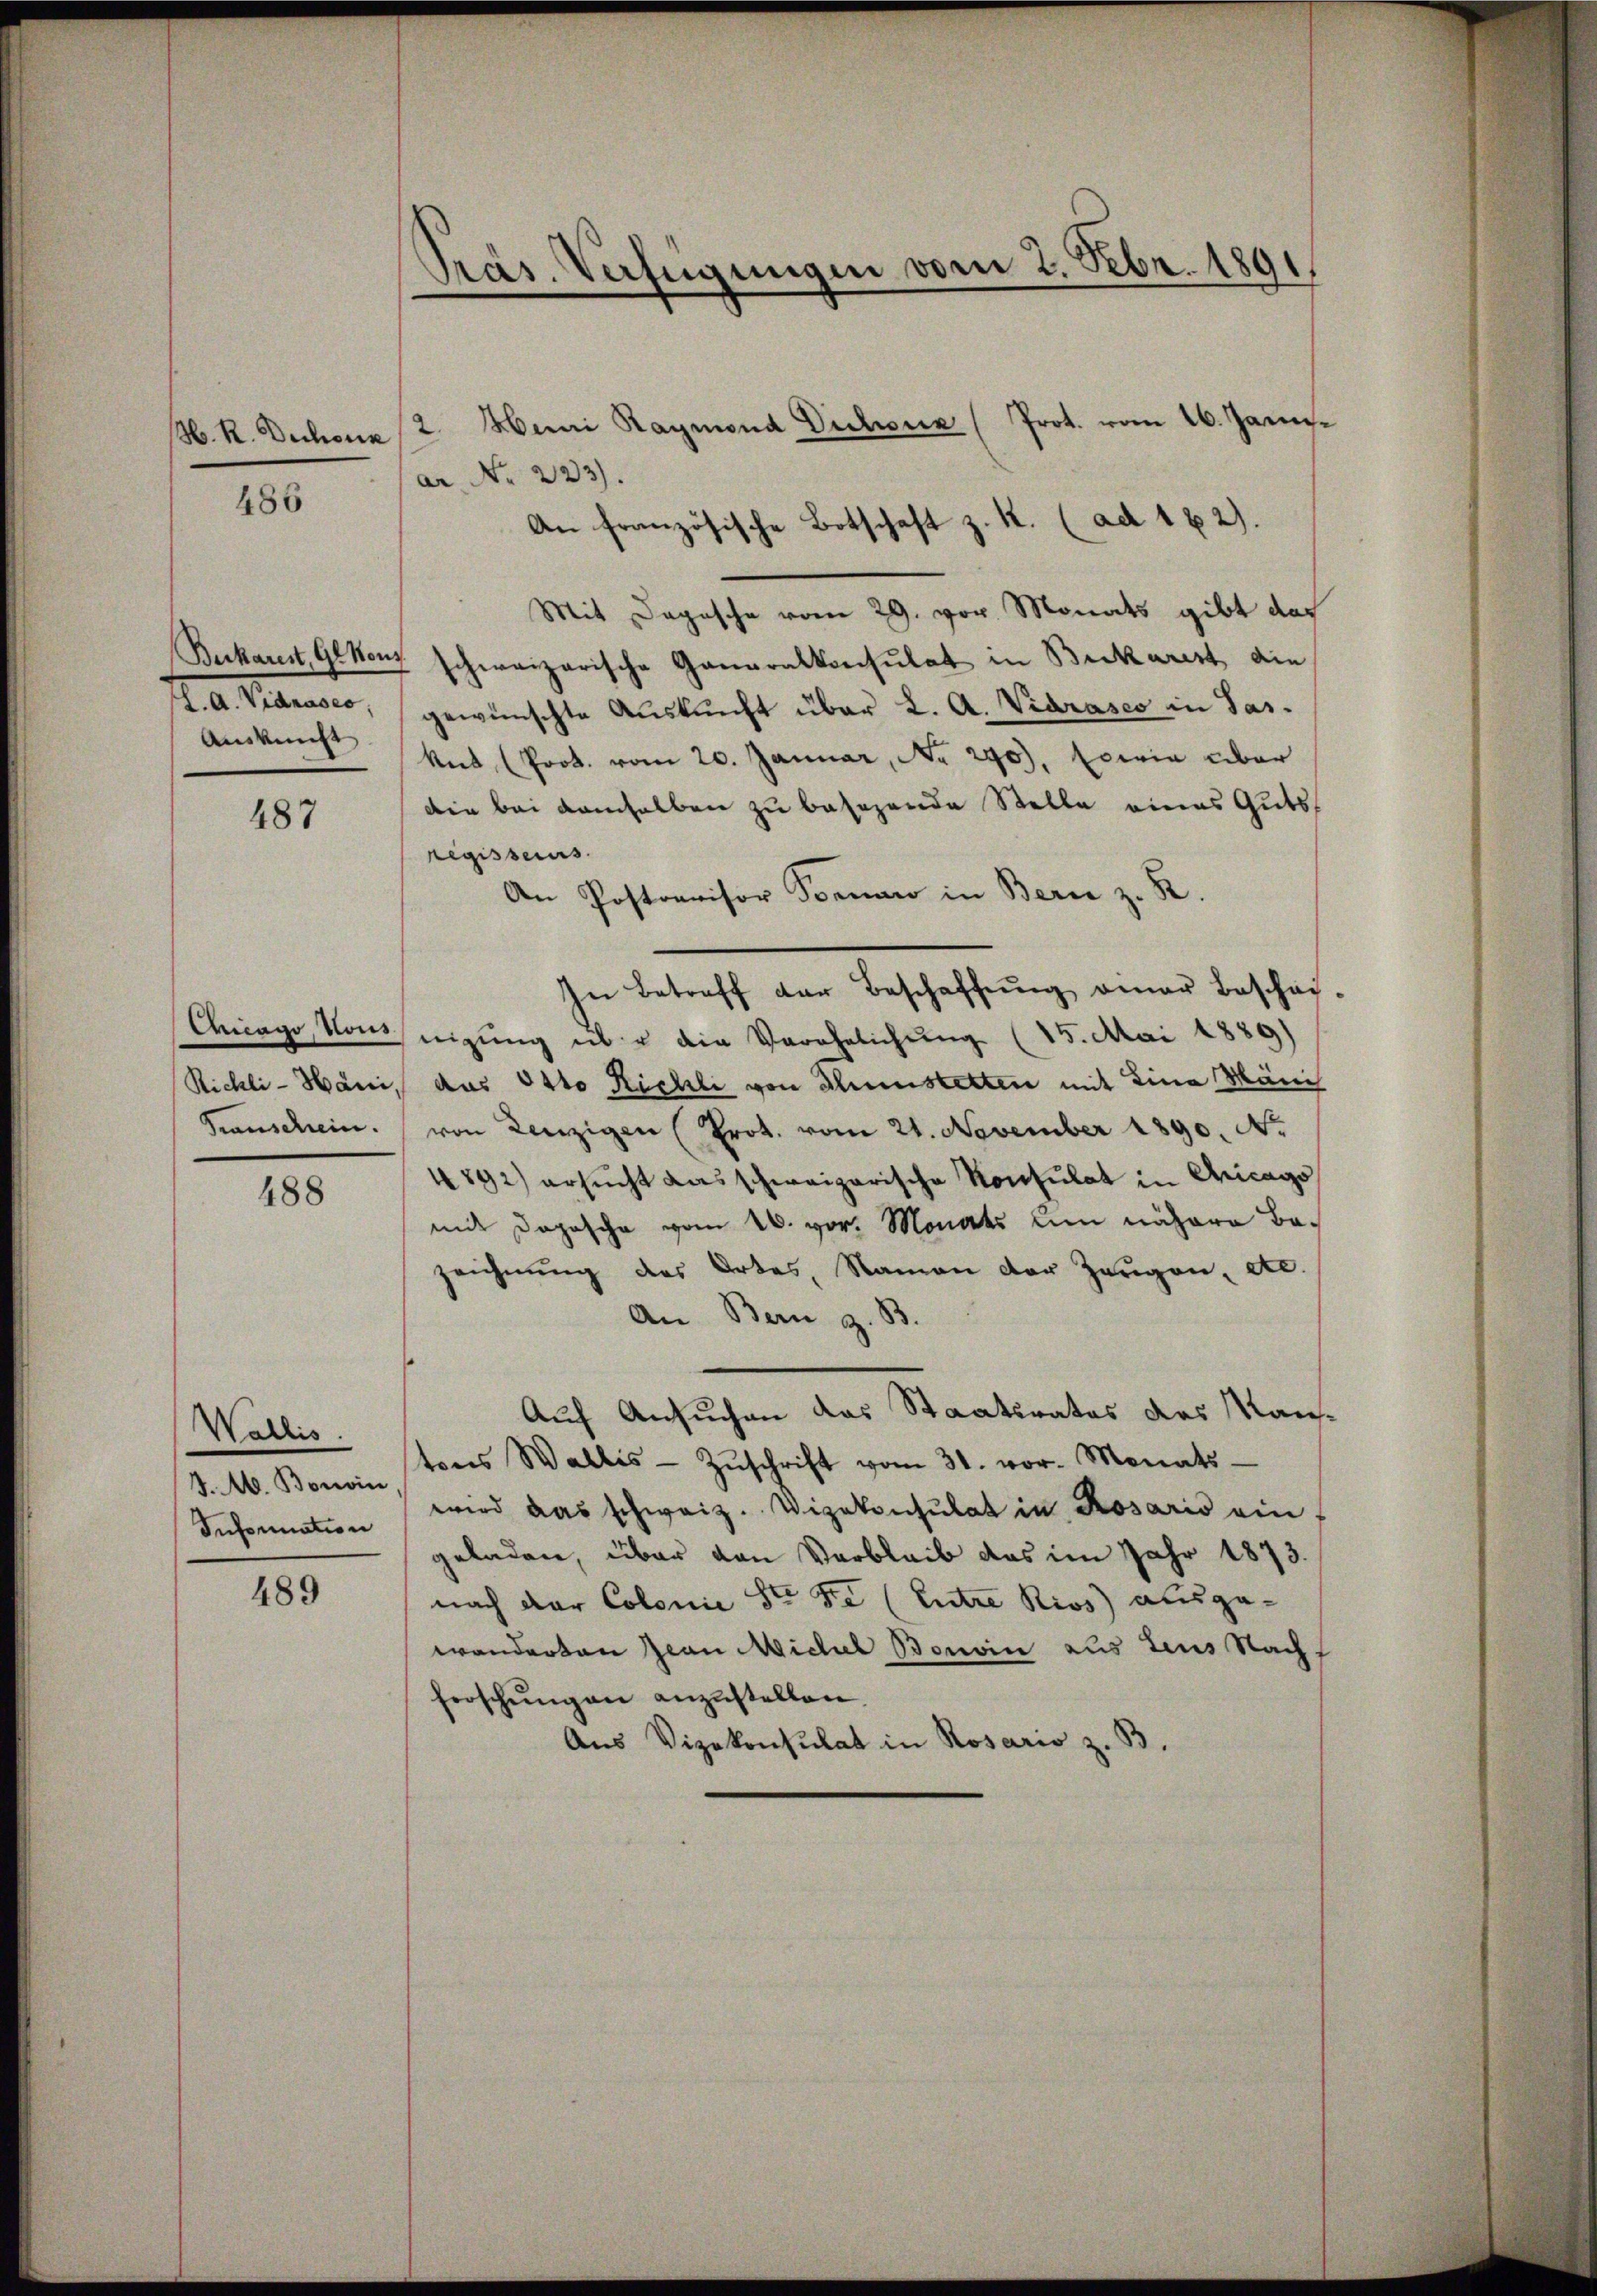
H. R. Dechank

486

Auskunft

487

488

2. Mani Raymond Dichoux (Prot. vom 26. Januar No 223).
An französische Botschaft z. K. (ad 1 2).
Mit Dagasche vom 29. vor Monats gibt das
Ruckarst, Grenz schweizerische Generalkonsulat in Buckarist, die
l. A. Vidraser, gewünschte Auskunft über L. A. Viarases in Sas¬
Ant (Prot. vom 20. Januar, No. 290), sowie über
Die bei demselben zu besezende Stelle eines Guts
regissers.
An Postrevisor Vornaro in Bern z. B.
In Betreff der Beschaffŭng einer Beschäf-
Chago, Klauseigung es u die Verehelichung (15. Mai 1889)
Rickli-Hani, aus 141 Kichli von Thunstetten mit Lina Mänis
Transchein. von Lenzigen (Prot. vom 21. November 1890. No.
4892) ersucht das schweizerische Konsulat in Chicago
mit Depesche vom 26. vor. Monats um nähere Bazeichnung des Ortes, Namen der Zeugen, etc.
An Bern z. B.
Auf Ansuchen das Staatsrates das Kantons Wallis Zŭschrift vom 31. vor. Monats-
wird das schweiz. Vizekonsulat in Rosaris ein-
geladen, über von Verbleib das im Jahr 1873.
nach der Colonie St. Fe (Entre Rivs) ausgewanderten Jean Michael Bouvin aus Leus Nachf
ferschŭngen anzustellen.
Aus Vizekonsulat in Rosario z. B.

Wallis.
J. M. Bonoin,
Information

489

Präs. Verfügungen vom 2. Febr. 1891